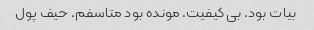
بیات بود. بی کیفیت. مونده بود متاسفم. حیف پول